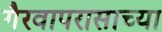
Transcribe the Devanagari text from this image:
गैरवापरासाच्या